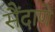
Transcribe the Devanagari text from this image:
सैंदाणे